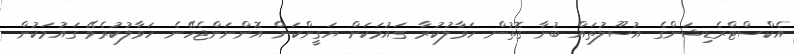
އެކްސްޓްރެޑިޝަންގެ އުސޫލުތައް ބުނާ ގޮތުން ހަވާލުކުރާ ގައުމަކަށް ޔަގީންކަން އޮންނަންޖެހޭނެ ހަވާލުކުރެވޭ ގައުމަކުން